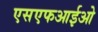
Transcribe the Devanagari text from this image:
एसएफआईओ